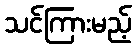
သင်ကြားမည့်